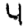
Digit: 4